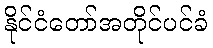
နိုင်ငံတော်အတိုင်ပင်ခံ